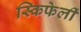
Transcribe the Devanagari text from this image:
स्किफेर्ली